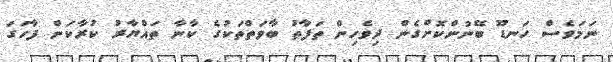
ނަމަވެސް ހަނޑޫ ބޭނުންކޮށްގެން ދިވެހިން ތަފާތު ބާވަތްތަކުގެ ކާނާ ތައްޔާރު ކުރާކަން ފާހަގަ